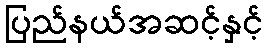
ပြည်နယ်အဆင့်နှင့်